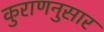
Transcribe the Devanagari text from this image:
कुराणनुसार